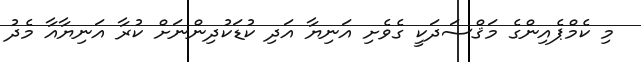
މި ކެމްޕެއިންގެ މަޤްސަދަކީ ގެވެށި އަނިޔާ އަދި ކުޑަކުދިންނަށް ކުރާ އަނިޔާއާ މެދު